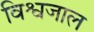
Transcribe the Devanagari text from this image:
विश्वजाल